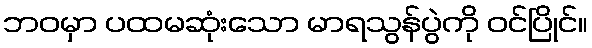
ဘဝမှာ ပထမဆုံးသော မာရသွန်ပွဲကို ဝင်ပြိုင်။